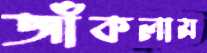
জাঁকলাম